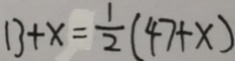
1 3 + x = \frac { 1 } { 2 } ( 4 7 + x )